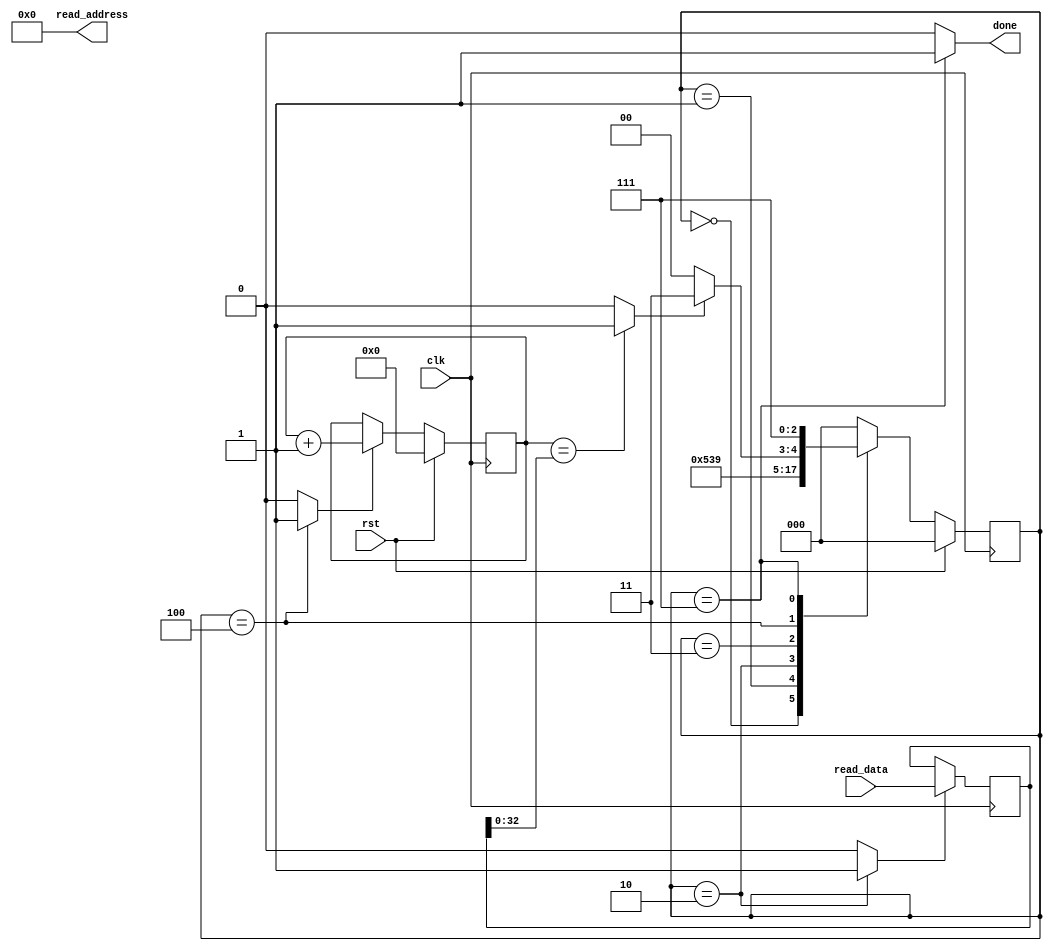
`timescale 1ns / 1ps
//////////////////////////////////////////////////////////////////////////////////
// Company: 
// Engineer: 
// 
// Design Name: 
// Module Name:    cmov 
// Project Name: 
// Target Devices: 
// Tool versions: 
// Description: 
//
// Dependencies: 
//
// Revision: 
// Revision 0.01 - File Created
// Additional Comments: 
//
//////////////////////////////////////////////////////////////////////////////////


module timer_loop(clk, rst,  
									read_address, read_data,
									done);
input clk, rst;
output [8:0] read_address;
input [63:0] read_data;

output done;

reg [63:0] read_data_reg;
reg [32:0] counter;
reg inc, rd_load;
reg [2:0] state, nextstate;
wire counter_end;

assign read_address = 9'd0;

always @(posedge clk)
begin
	if(rd_load)
		read_data_reg <= read_data;
	else
		read_data_reg <= read_data_reg;
end		

always @(posedge clk)
begin
	if(rst)
		counter <= 40'd0;
	else if(inc)
		counter <= counter + 1'b1;
	else
		counter <= counter;
end

assign counter_end = (counter==read_data_reg[32:0]) ? 1'b1 : 1'b0;
		
always @(posedge clk)
begin
	if(rst)
		state <= 3'd0;
	else 
		state <= nextstate;
end

always @(state)
begin
	case(state)
	3'd0: begin rd_load<=0; inc<=0; end 
	// Set read address
	3'd1: begin rd_load<=0; inc<=0; end 
	// Load read data
	3'd2: begin rd_load<=1; inc<=0; end 
	3'd3: begin rd_load<=0; inc<=0; end 
	// Increment counter;
	3'd4: begin rd_load<=0; inc<=1; end 

	3'd7: begin rd_load<=0; inc<=0; end 	
	default: begin rd_load<=0; inc<=0; end 	
	endcase
end		

always @(state or counter_end)
begin
	case(state)
	3'd0: nextstate <= 3'd1;
	3'd1: nextstate <= 3'd2;
	3'd2: nextstate <= 3'd3;	
	3'd3: nextstate <= 3'd4;	

	3'd4: begin
					if(counter_end)
						nextstate <= 3'd7;
					else
						nextstate <= 3'd4;
				end
	3'd7: nextstate <= 3'd7;
	default: nextstate <= 3'd0;	
	endcase
end

assign done = (state==3'd7) ? 1'b1 : 1'b0;


endmodule